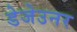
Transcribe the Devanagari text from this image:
डेजेउनर